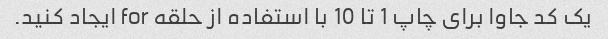
یک کد جاوا برای چاپ 1 تا 10 با استفاده از حلقه for ایجاد کنید.